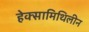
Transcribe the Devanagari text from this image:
हेक्सामिथिलीन